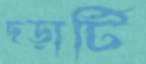
ছড়াটি